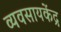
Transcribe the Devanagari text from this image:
व्यवसायकेंद्र